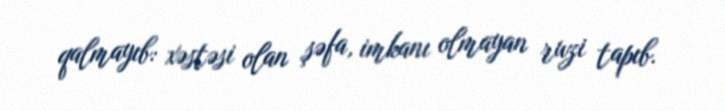
qalmayıb: xəstəsi olan şəfa, imkanı olmayan ruzi tapıb.